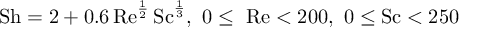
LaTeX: \mathrm { S h } = 2 + 0 . 6 \, \mathrm { R e } ^ { \frac { 1 } { 2 } } \, \mathrm { S c } ^ { \frac { 1 } { 3 } } , ~ 0 \leq ~ \mathrm { R e } < 2 0 0 , ~ 0 \leq \mathrm { S c } < 2 5 0